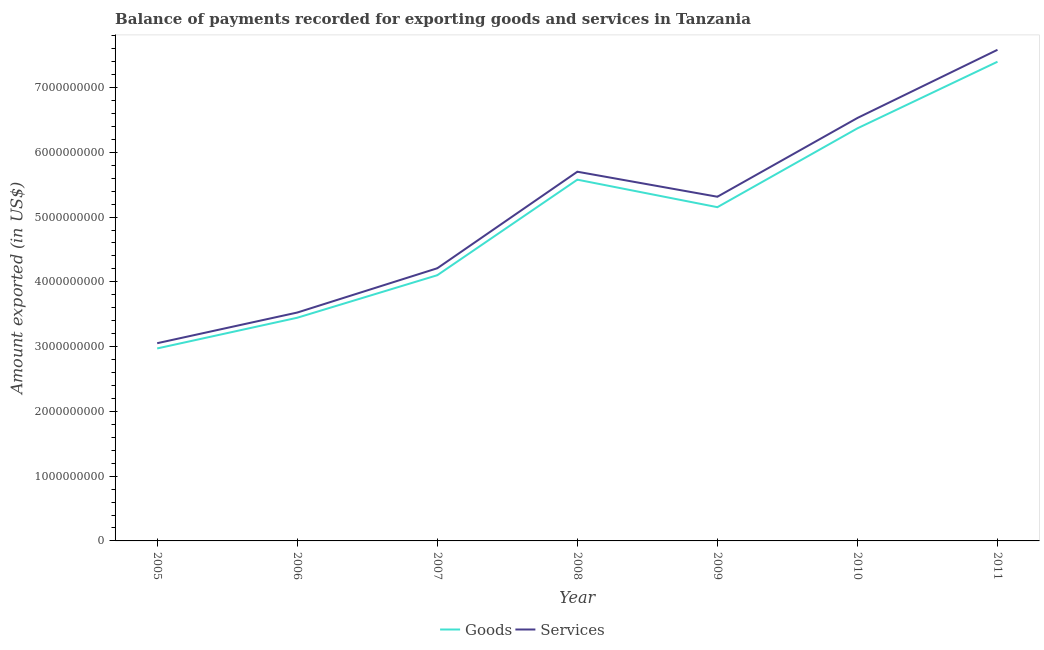
| Year | Goods | Services |
 | --- | --- | --- |
 | 2005 | 2.97e+09 | 3.05e+09 |
 | 2006 | 3.45e+09 | 3.53e+09 |
 | 2007 | 4.1e+09 | 4.21e+09 |
 | 2008 | 5.58e+09 | 5.7e+09 |
 | 2009 | 5.15e+09 | 5.31e+09 |
 | 2010 | 6.37e+09 | 6.53e+09 |
 | 2011 | 7.4e+09 | 7.58e+09 |